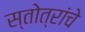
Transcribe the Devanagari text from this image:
स्तोत्रांचे